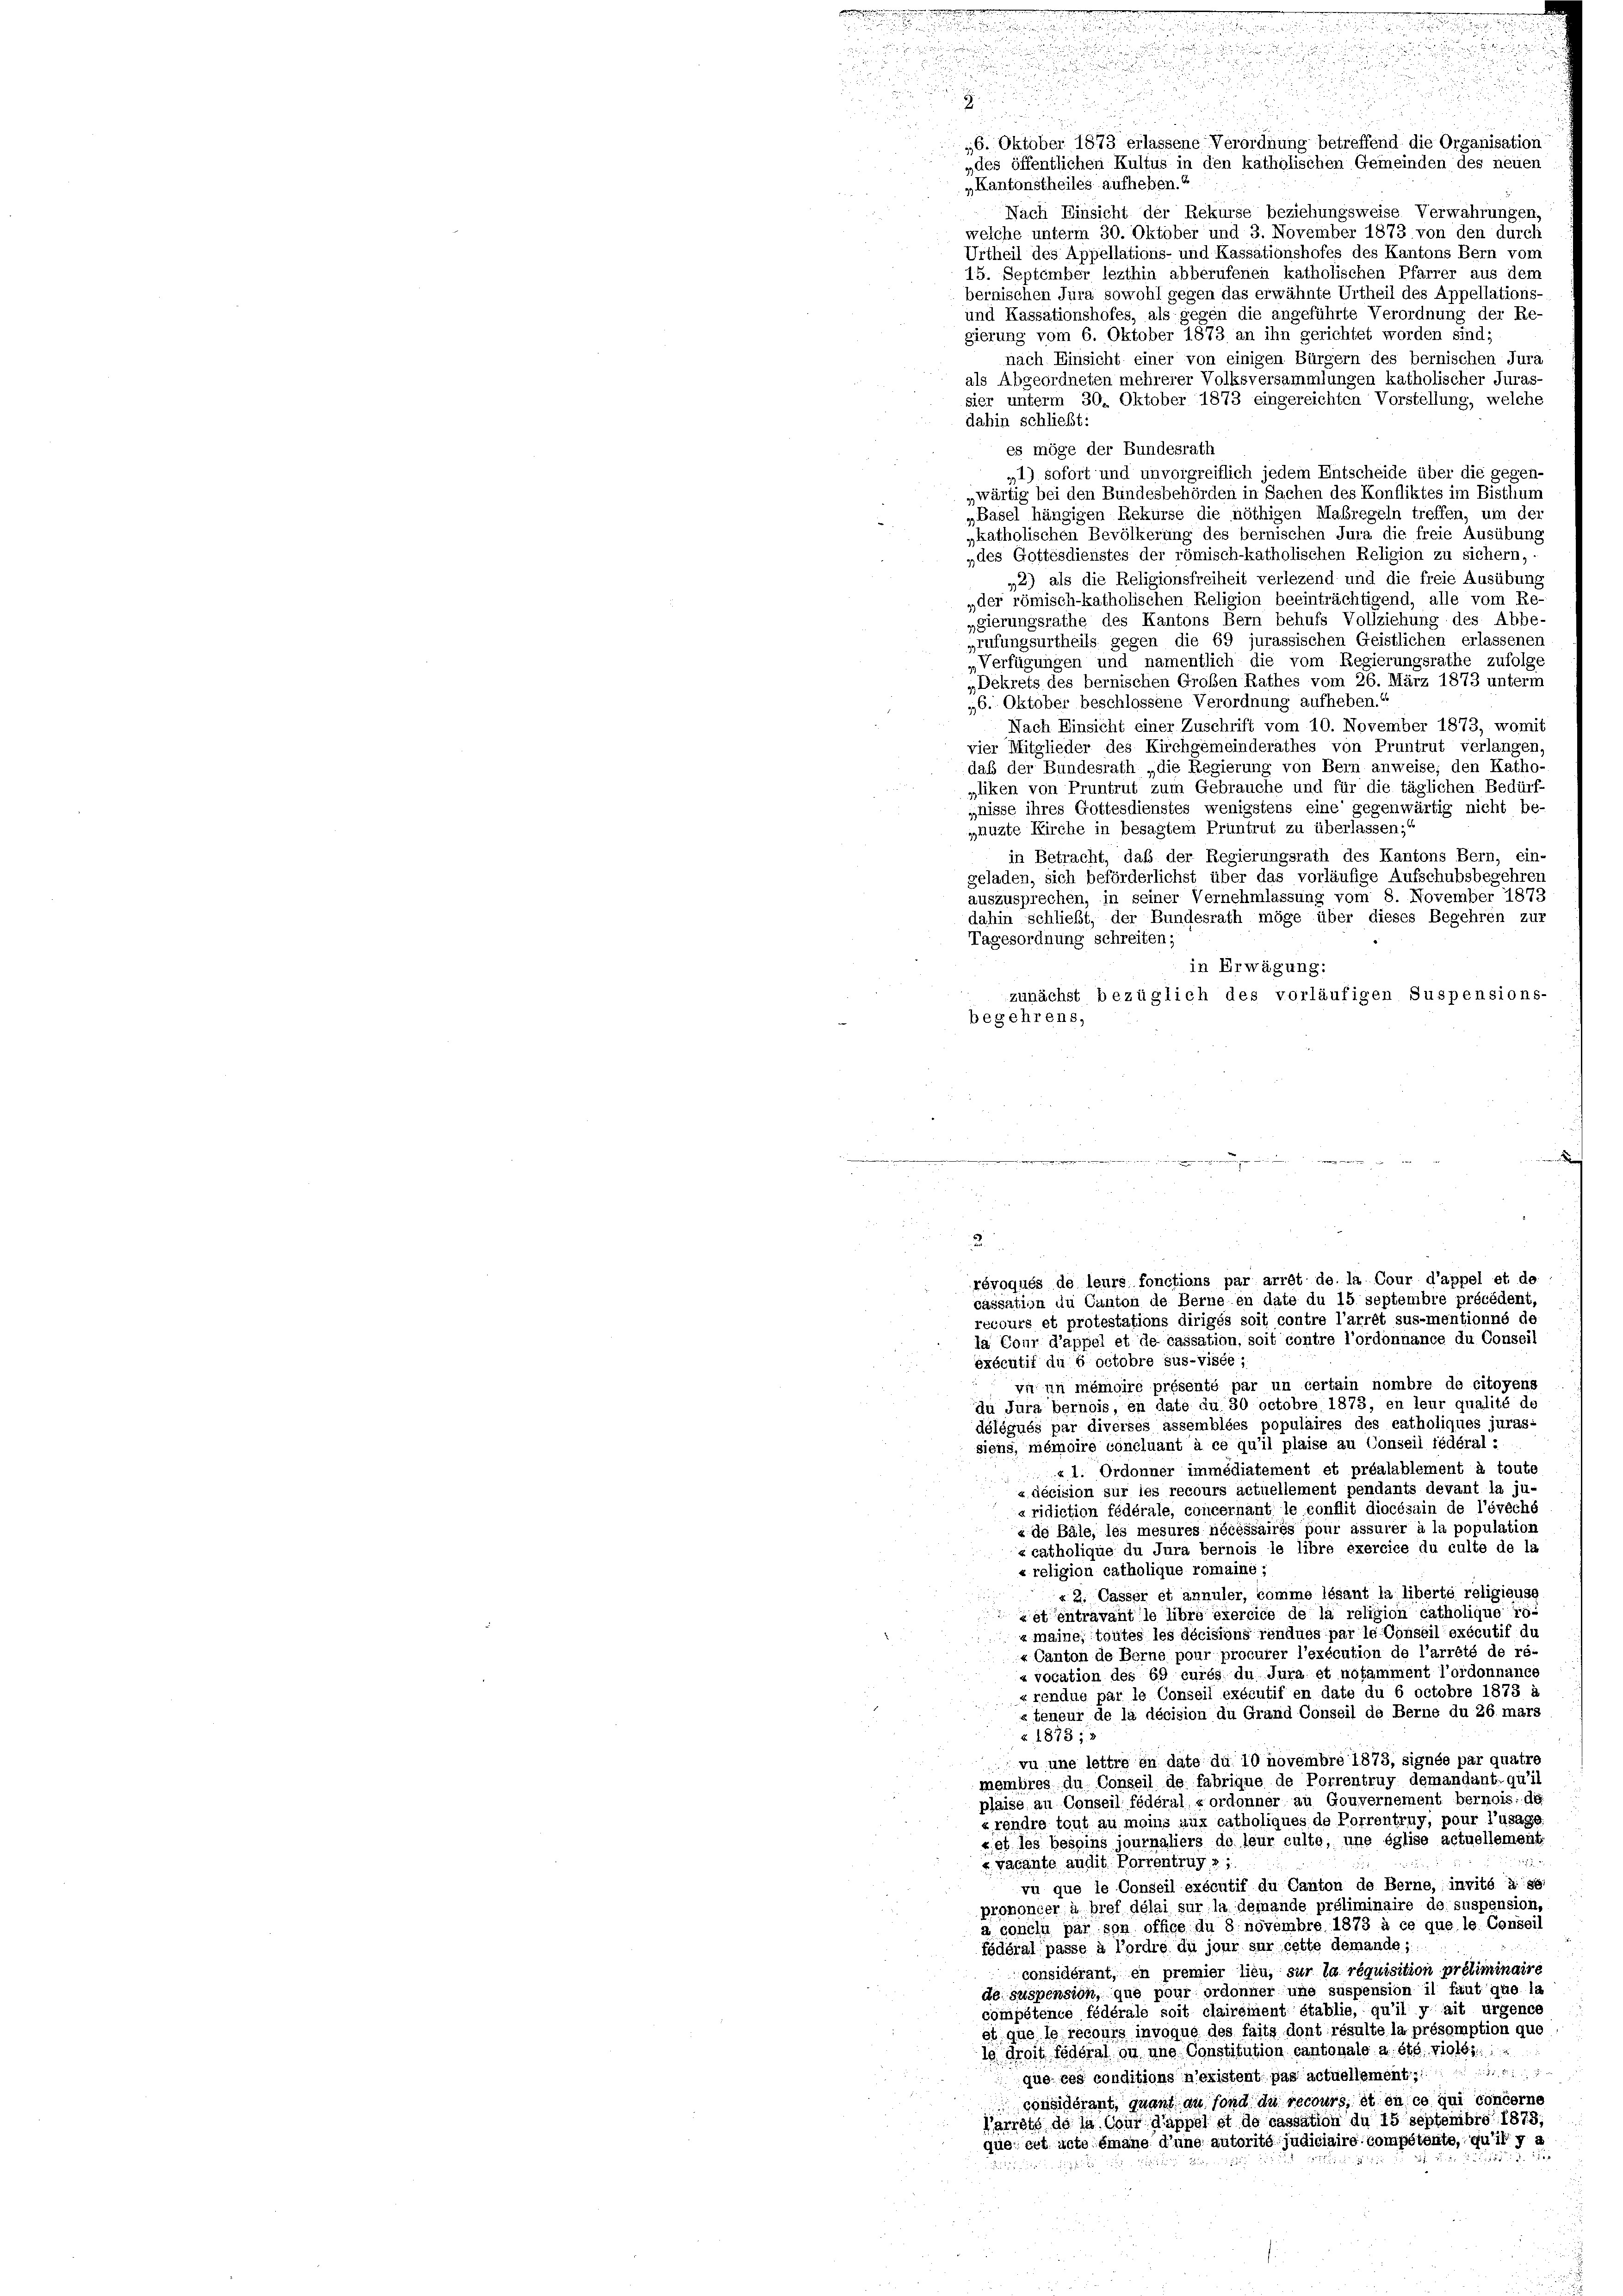
g

mi
.

J

u

16. Oktober 1873 erlassene Verordnung betreffend die Organisation
„des öffentlichen Kultus in den katholischen Gemeinden des neuen
„Kantonstheiles aufheben.“
Nach Einsicht der Rekurse beziehungsweise Verwahrungen,
welche unterm 30. Oktober und 3. November 1873 von den durch
Urtheil des Appellations- und Kassationshofes des Kantons Bern vom
15. September lezthin abberufenen katholischen Pfarrer aus dem
bernischen Jura sowohl gegen das erwähnte Urtheil des Appellations-
und Kassationshofes, als gegen die angeführte Verordnung der Re
gierung vom 6. Oktober 1873 an ihn gerichtet worden sind;
nach Einsicht einer von einigen Bürgern des bernischen Jura
als Abgeordneten mehrerer Volksversammlungen katholischer Juras-
sier unterm 30. Oktober 1873 eingereichten Vorstellung, welche
dahin schließt:
es möge der Bundesrath
„1) sofort und unvorgreiflich jedem Entscheide über die gegen-
„wärtig bei den Bundesbehörden in Sachen des Konfliktes im Bisthung
„Basel hängigen Rekurse die nöthigen Maßregeln treffen, um der
„katholischen Bevölkerung des bernischen Jura die freie Ausübung
„des Gottesdienstes der römisch-katholischen Religion zu sichern,
*2) als die Religionsfreiheit verlezend und die freie Ausübung
„der römisch-katholischen Religion beeinträchtigend, alle vom Re-
pgierungsrathe des Kantons Bern behufs Vollziehung des Abbe
prufungsurtheils gegen die 69 jurassischen Geistlichen erlassenen
„Verfügungen und namentlich die vom Regierungsrathe zufolge
„Dekrets des bernischen Großen Rathes vom 26. März 1873 unterm
„6. Oktober beschlossene Verordnung aufheben.“
Nach Einsicht einer Zuschrift vom 10. November 1873, womit
vier Mitglieder des Kirchgemeinderathes von Pruntrut verlangen,
daß der Bundesrath „die Regierung von Bein anweise; den Katho-
„liken von Pruntrut zum Gebrauche und für die täglichen Bedürf-
qnisse ihres Gottesdienstes wenigstens eine gegenwärtig nicht be-
„muzte Kirche in besagtem Pruntrut zu überlassen;
in Betracht, daß der Regierungsrath des Kantons Bern, ein-
geladen, sich beförderlichst über das vorläufige Aufschubsbegehren
auszusprechen, in seiner Vernehmlassung vom 8. November 1873
dahin schließt, der Bundesrath möge über dieses Begehren zur
Tagesordnung schreiten;
in Erwägung:
zunächst bezüglich des vorläufigen Suspensions-
begehrens,
 innenen der in den werden

u

éxécutif du 6 octobre sus-visée;
vn un mémoire présenté par un certain nombre de citoyens
du Jura bernois, en date du 30 octobre 1873, en leur qualité de
délégués par diverses assemblées populaires des catholiques juras-
siens, mémoire concluant à ce qu’il plaise au Conseil fédéral :
« 1. Ordonner immédiatement et préalablement à toute
«décision sur les recours actuellement pendants devant la ju-
«ridiction fédérale, concernant le conflit diocésain de l’évêché
«de Bäle, les mesures nécessaires pour assurer à la population
« catholique du Jura bernois le libre exercice du culte de la
« religion catholique romainé;
«. 2. Casser et annuler, comme lésant la liberte religieuse
Let entravant le libre exercice de la religion catholique ro-
« maine, toutes les décisions rendues par le Conseil exécutif du
« Canton de Berne pour procurer l’exécution de l’arrêté de ré-
« vocation des 69 curés du Jura et notamment l’ordonnance
«rendue par le Conseil exécutif en date du 6 octobre 1873 à
«teneur de la décision du Grand Conseil de Berne du 26. mars
 1873, 3
vu une lettre in date du 10 novembre 1873, signée par quatre
membres du Conseil de fabrique de Porrentrug demandant qu’il
plaise au Conseil fédéral, « ordonner au Gouvernement bernois: die
«rendre tout au moins aux catholiques de Porrentruy, pour l’usage
xet les besoins journaliers do leur culte, une église actuellement.
« vacante audit. Vorrentrug 3 1
vu que le Conseil exécutif du Canton de Berne, invité à se
prononcer à bref délai sur la demande préliminaire de suspension,
a conclu par son office du 8 novembre 1873 à ce que le Conseil
fédéral passe à l’ordre du jour sur cette demande;
considérant, en premier lieu, sur la réquisition préliminaire
de suspension, que pour ordonner une suspension il faut que la
compétence fédérale soit clairement établie, qu’il y ait urgence
st que le recours invoque des faits dont résulte la présomption quo
le droit Födéral ou une Constitution cantonale a été violds
äken die in
que ces conditions n’existent pas actuellement;
considérant, quant du fond du recours, et en ce qui concerne
larrêté de la Cour d’appel et de cassation du 15 septembro 1875,
que cet acte émane d’une autorité judiciaire compétente, qu’il y a
 . . 25

révoqués de leurs fonctions par arrêt de la Cour d’appel et de
cassation du Canton de Berne en date du 15 septembre précédent,
recours et protestations dirigés soit contre l’arrêt sus-mentionné de
la Cour d’appel et de cassation, soit contre l’ordonnance du Conseil